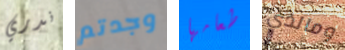
ندري وجدتم طعامها ومالذي